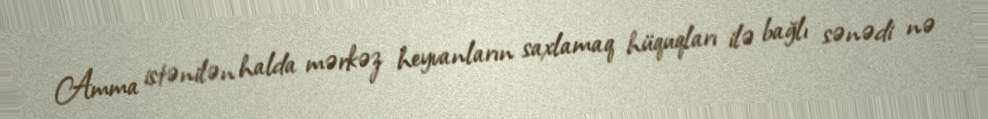
Amma istənilən halda mərkəz heyvanların saxlamaq hüquqları ilə bağlı sənədi nə